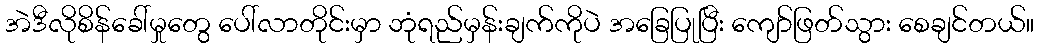
အဲဒီလိုစိန်ခေါ်မှုတွေ ပေါ်လာတိုင်းမှာ ဘုံရည်မှန်းချက်ကိုပဲ အခြေပြုပြီး ကျော်ဖြတ်သွား စေချင်တယ်။